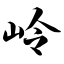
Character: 岭